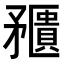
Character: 𥎛